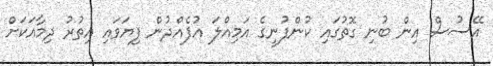
އޭސުސް އިން ބުނި ގޮތުގައި ކުންފުނީގެ އަމިއްލަ އުފެއްދުން ފިޔަވައި އިތުރު ދިމާއަކަށް